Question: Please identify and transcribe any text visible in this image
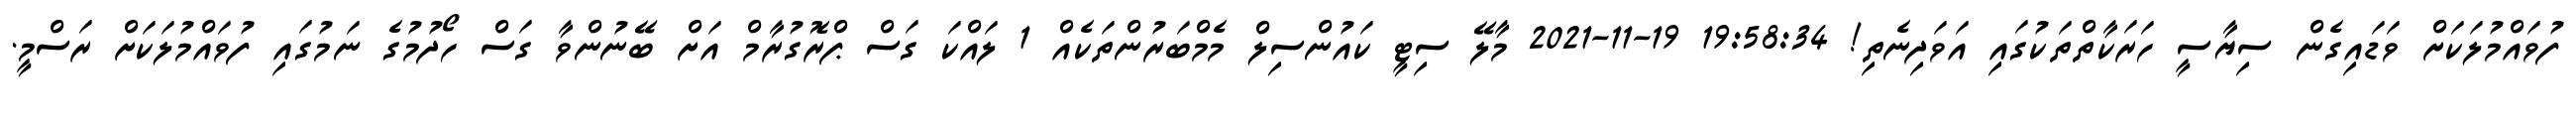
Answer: ފުވައްމުލަކަށް ވަޑައިގެން ސިޔާސީ ހަރަކާތްތަކުގައި އަވަދިނެތި! 19:58:34 19-11-2021 މާލޭ ސިޓީ ކައުންސިލް މެމްބަރުންތަކެއް 1 ލައްކަ ގަސް ޕްރޮގުރާމް އަށް ބޭނުންވާ ގަސް ހޯދުމުގެ ނަމުގައި ފުވައްމުލަކަށް ރަސްމީ.